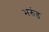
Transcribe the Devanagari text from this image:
भरुंड